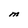
Character: M